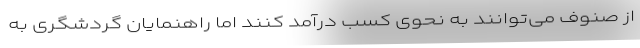
از صنوف می‌توانند به نحوی کسب درآمد کنند اما راهنمایان گردشگری به